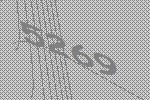
5269